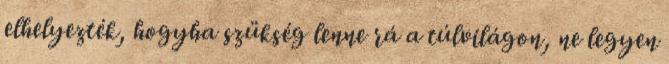
elhelyezték, hogyha szükség lenne rá a túlvilágon, ne legyen